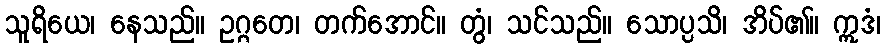
သူရိယေ၊ နေသည်။ ဥဂ္ဂတေ၊ တက်အောင်။ တွံ၊ သင်သည်။ သောပ္ပသိ၊ အိပ်၏။ ဣဒံ၊